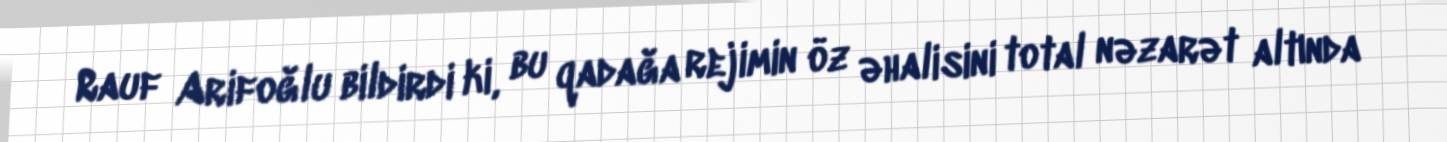
Rauf Arifoğlu bildirdi ki, bu qadağa rejimin öz əhalisini total nəzarət altında